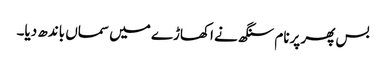
بس پھر پرنام سنگھ نے اکھاڑے میں سماں باندھ دیا۔